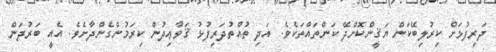
ދަރިފުޅަށް ކިރުލިބޭކަން ޔަޤީންކޮށްދޭ ކަންތައްތަކެވެ. އަދި ތުއްތުދަރިފުޅު ޤަވާޢިދުން ކިރަމުންގެންދާށެވެ. އެއީ ބަރުދަން